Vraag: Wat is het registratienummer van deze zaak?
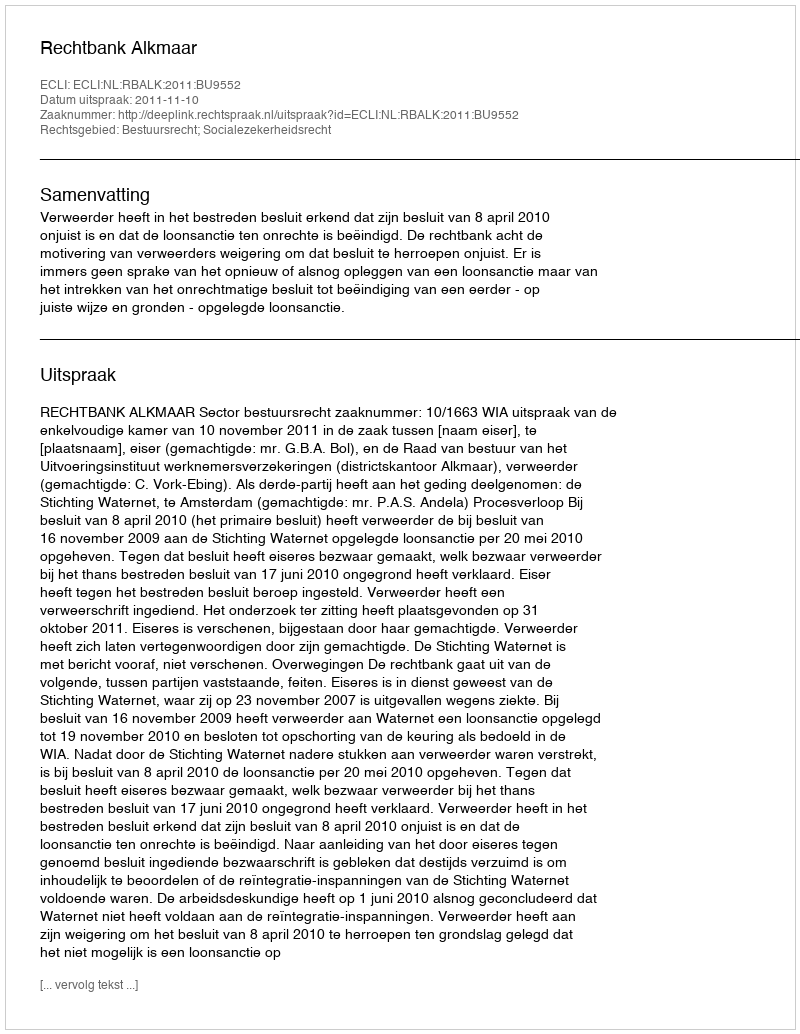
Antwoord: http://deeplink.rechtspraak.nl/uitspraak?id=ECLI:NL:RBALK:2011:BU9552